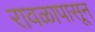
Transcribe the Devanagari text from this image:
रावळापासून